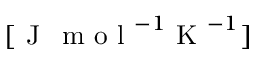
[ \mathrm { ~ J ~ \, ~ m ~ o ~ l ~ } ^ { - 1 } \mathrm { ~ K ~ } ^ { - 1 } ]